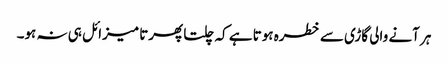
ہر آنے والی گاڑی سے خطرہ ہوتا ہے کہ چلتا پھرتا میزائل ہی نہ ہو۔